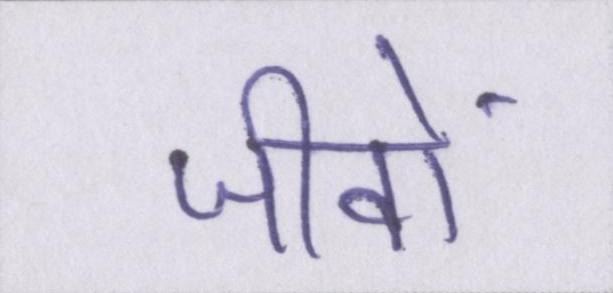
जीवों